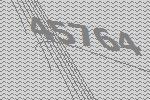
45764